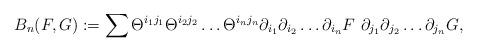
LaTeX: \begin{align*}B_n(F,G):= \sum \Theta^{i_1 j_1} \Theta^{i_2 j_2} \dots \Theta^{i_n j_n}\partial_{i_1} \partial_{i_2} \dots \partial_{i_n} F \ \partial_{j_1} \partial_{j_2}\dots \partial_{j_n} G,\end{align*}